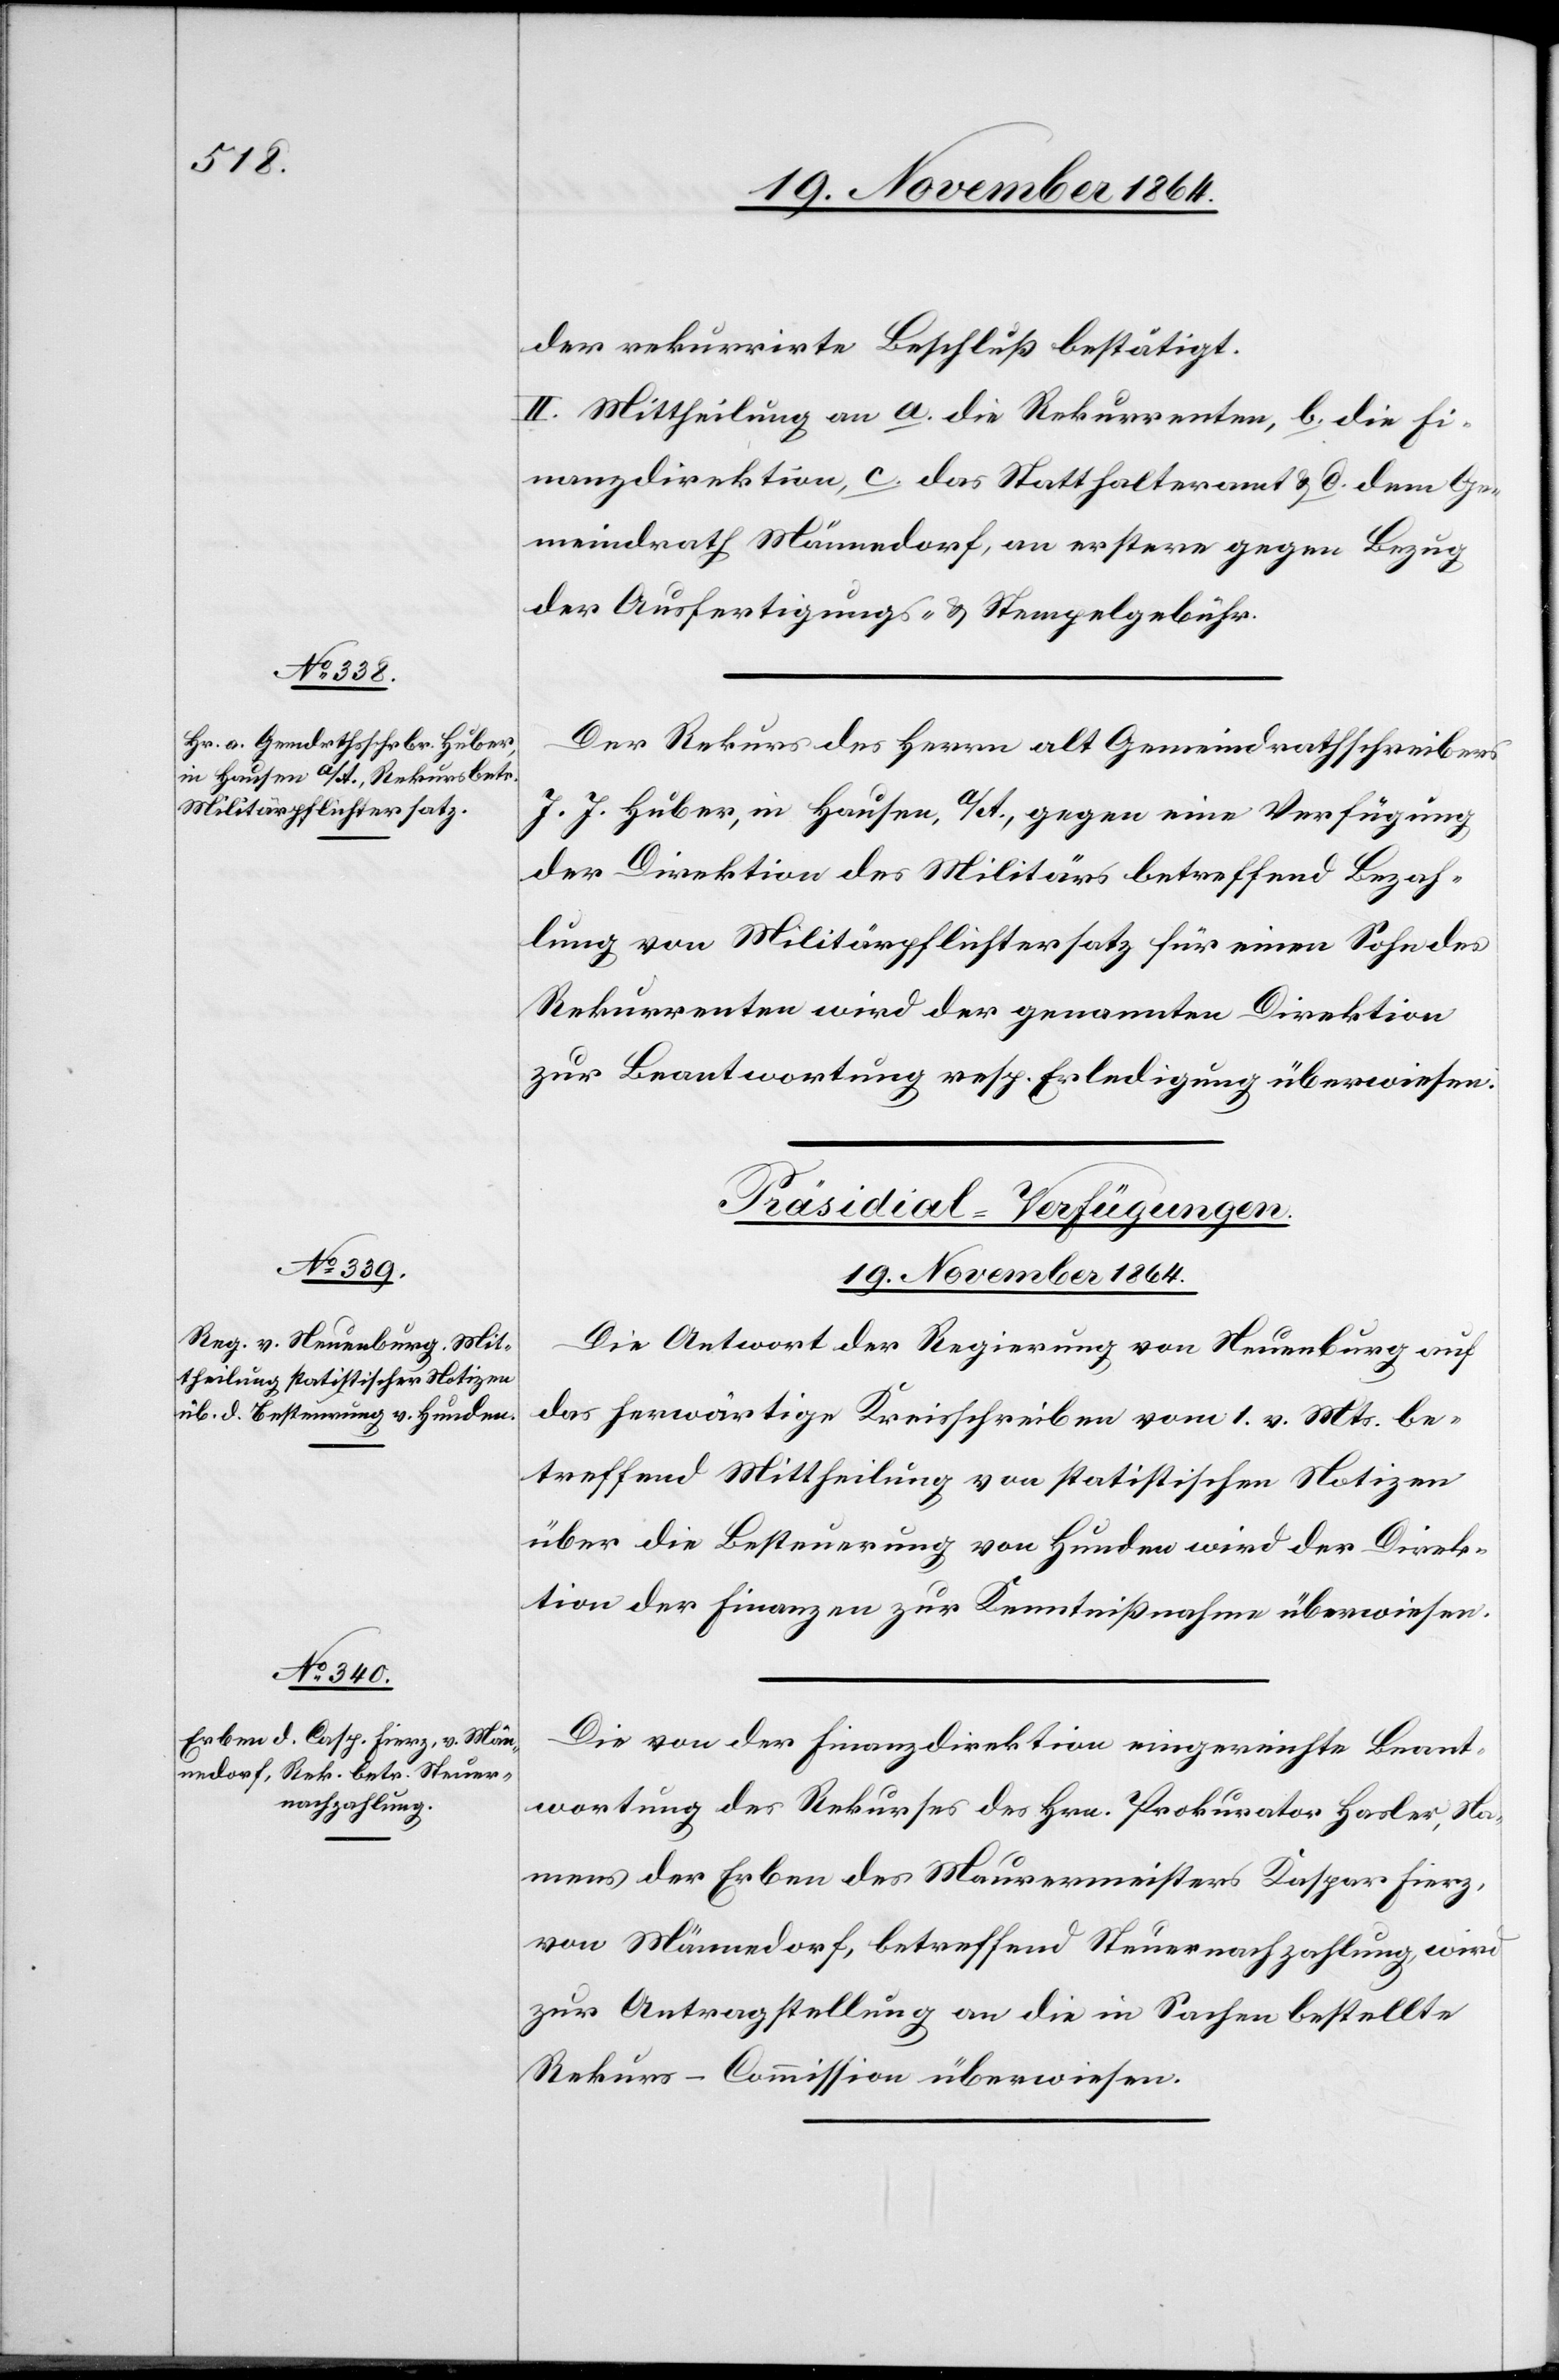
19. November 1864.]
der rekurrirte Beschluß bestätigt.
II. Mittheilung an a. die Rekurrenten, b. die Fi¬
nanzdirektion, c. das Statthalteramt & d. dem
Gemeindrath Männedorf, an erstere gegen Bezug
der Ausfertigungs- & Stempelgebühr.
Der Rekurs des Herrn alt Gemeindrathschreibers
J. J. Huber, in Hausen a/A, gegen eine Verfügung
der Direktion des Militärs betreffend Bezah¬
lung von Militärpflichtersatz für einen Sohn des
Rekurrenten wird der genannten Direktion
zur Beantwortung resp. Erledigung überwiesen.
[Präsidial-Verfügungen.
Die Antwort der Regierung von Neuenburg auf
das herwärtige Kreisschreiben vom 1. v. Mts. be¬
treffend Mittheilung von statistischen Notizen
über die Besteuerung von Hunden wird der Direk¬
tion der Finanzen zur Kenntnißnahme überwiesen.
Die von der Finanzdirektion eingereichte Beant¬
wortung des Rekurses des Hrn. Prokurator Hasler, Na¬
mens der Erben des Maurermeisters Kaspar Fierz,
von Männedorf, betreffend Steuernachzahlung, wird
zur Antragstellung an die in Sachen bestellte
Rekurs-Commission überwiesen.